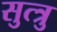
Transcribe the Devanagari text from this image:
सुत्त्रु